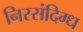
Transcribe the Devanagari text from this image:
निस्संदिग्ध